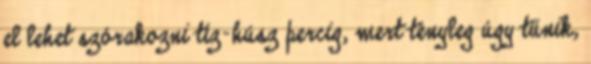
el lehet szórakozni tíz-húsz percig, mert tényleg úgy tűnik,